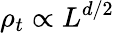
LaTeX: \rho_{t}\propto L^{d/2}